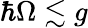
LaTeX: \hbar\Omega\lesssim g